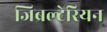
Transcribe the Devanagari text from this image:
जिब्रल्टेरियन